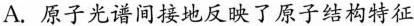
A. 原子光谱间接地反映了原子结构特征